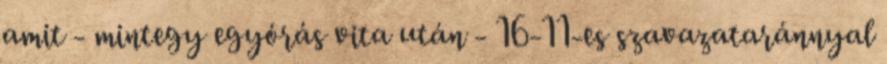
amit - mintegy egyórás vita után - 16-11-es szavazataránnyal